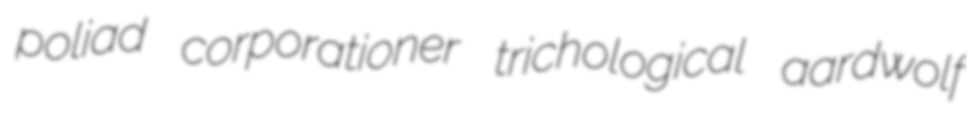
poliad corporationer trichological aardwolf